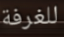
للغرفة